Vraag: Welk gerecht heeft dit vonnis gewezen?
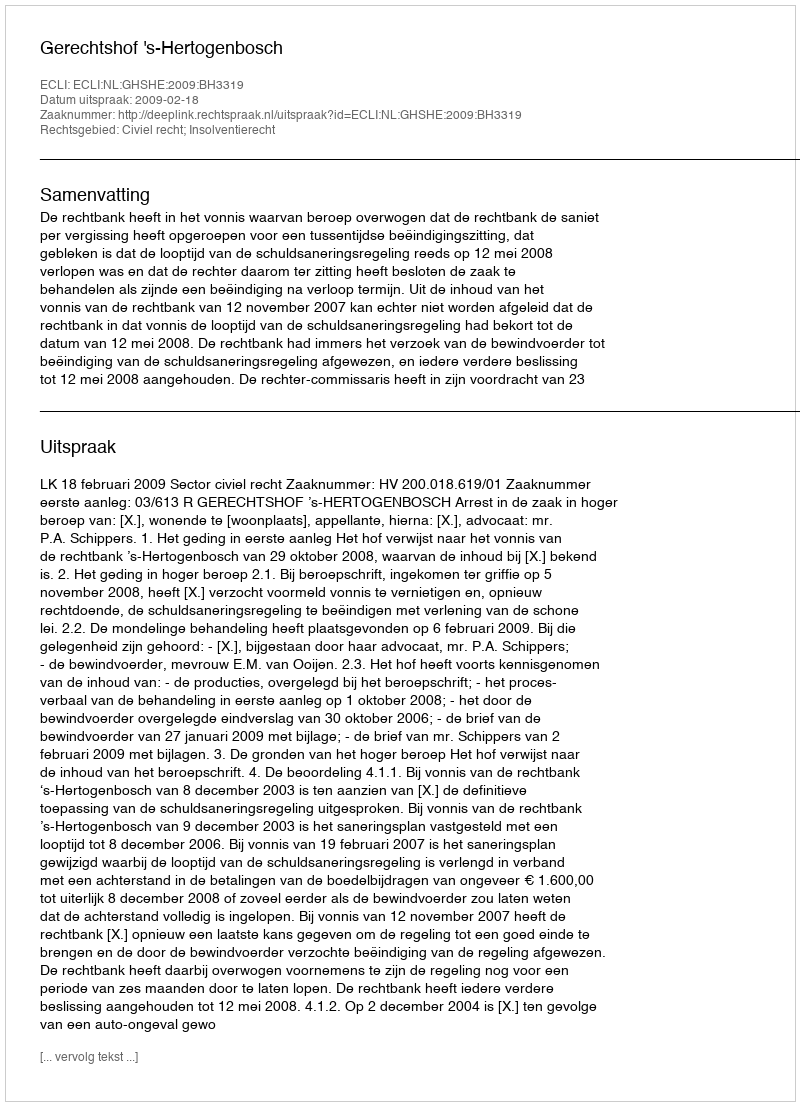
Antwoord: Gerechtshof 's-Hertogenbosch